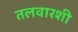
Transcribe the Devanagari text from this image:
तलवारशी